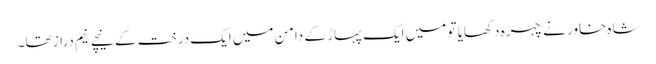
شاہِ خاور نے چہرہ دکھایا تو میں ایک پہاڑ کے دامن میں ایک درخت کے نیچے نیم دراز تھا۔